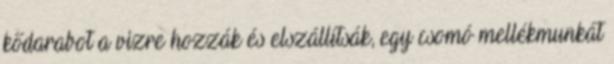
kődarabot a vizre hozzák és elszállítsák, egy csomó mellékmunkát